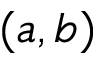
( a , b )